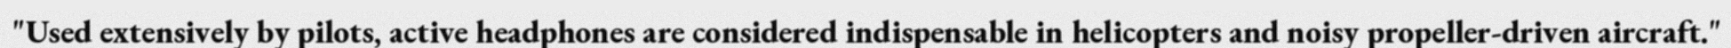
"Used extensively by pilots, active headphones are considered indispensable in helicopters and noisy propeller-driven aircraft."